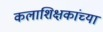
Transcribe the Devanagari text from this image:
कलाशिक्षकांच्या